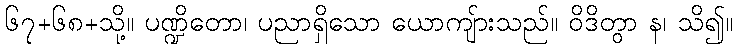
၆၇+၆၈+သို့။ ပဏ္ဍိတော၊ ပညာရှိသော ယောကျ်ားသည်။ ဝိဒိတွာ န၊ သိ၍။